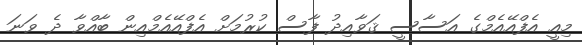
މިއީ އެފްއޭއެމްގެ އަސާސީ ޤަވާއިދު ފާސް ކުރުމަށް އެފްއޭއެމްއިން ބާއްވާ ދެ ވަނަ